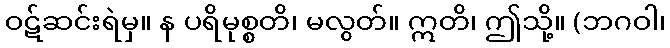
ဝဋ်ဆင်းရဲမှ။ န ပရိမုစ္စတိ၊ မလွတ်။ ဣတိ၊ ဤသို့။ (ဘဂဝါ၊